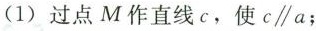
(1)过点M作直线c，使$$c\parallel a$$；